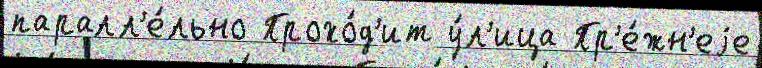
паралл'е́льно Прохо́д'ит у́л'ица Пр'е́жн'еjе